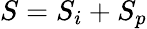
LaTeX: S=S_{i}+S_{p}